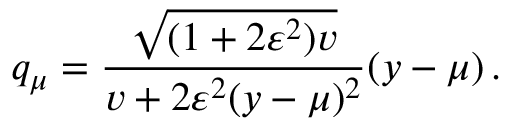
q _ { \mu } = \frac { \sqrt { ( 1 + 2 \varepsilon ^ { 2 } ) v } } { v + 2 \varepsilon ^ { 2 } ( y - \mu ) ^ { 2 } } ( y - \mu ) \, .